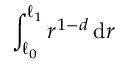
\int _ { \ell _ { 0 } } ^ { \ell _ { 1 } } r ^ { 1 - d } \, \mathrm { d } r